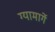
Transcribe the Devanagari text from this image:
ग्यामार्गे